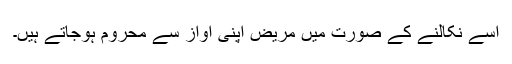
اسے نکالنے کے صورت میں مریض اپنی آواز سے محروم ہوجاتے ہیں۔